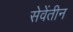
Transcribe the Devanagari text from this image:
सेवेंतीन